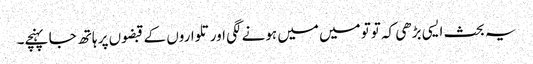
یہ بحث ایسی بڑھی کہ توتو میں میں ہونے لگی اور تلواروں کے قبضوں پر ہاتھ جا پہنچے۔